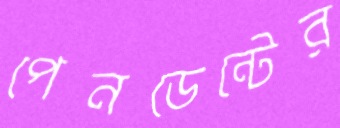
পেনডেন্টের